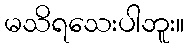
မသိရသေးပါဘူး။